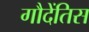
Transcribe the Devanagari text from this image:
गौदेंतिस